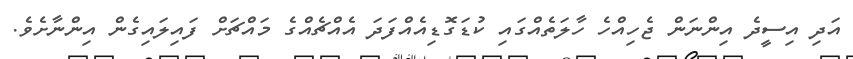
އަދި އިސީދެ އިންނަން ޖެހިއްހެ ހާލަތެއްގައި ކުޑަގޮޑިއެއްފަދަ އެއްޗެއްގެ މައްޗަށް ފައިލައިގެން އިންނާށެވެ.